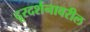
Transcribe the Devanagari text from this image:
दूरदर्शनावरील